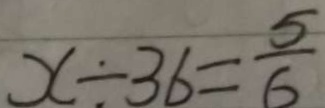
x \div 3 6 = \frac { 5 } { 6 }